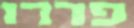
פדרו